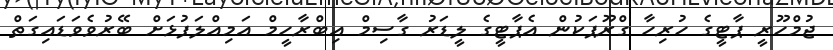
ޖުމްހޫރީ ޕާޓީގެ ހުރިހާ ގްރޫޕަކުން އެޕާޓީގެ ލީޑަރު ގާސިމް އިބްރާހީމް އަމިއްލަފުޅަށް ބޭރުވެވަޑައިގަތް